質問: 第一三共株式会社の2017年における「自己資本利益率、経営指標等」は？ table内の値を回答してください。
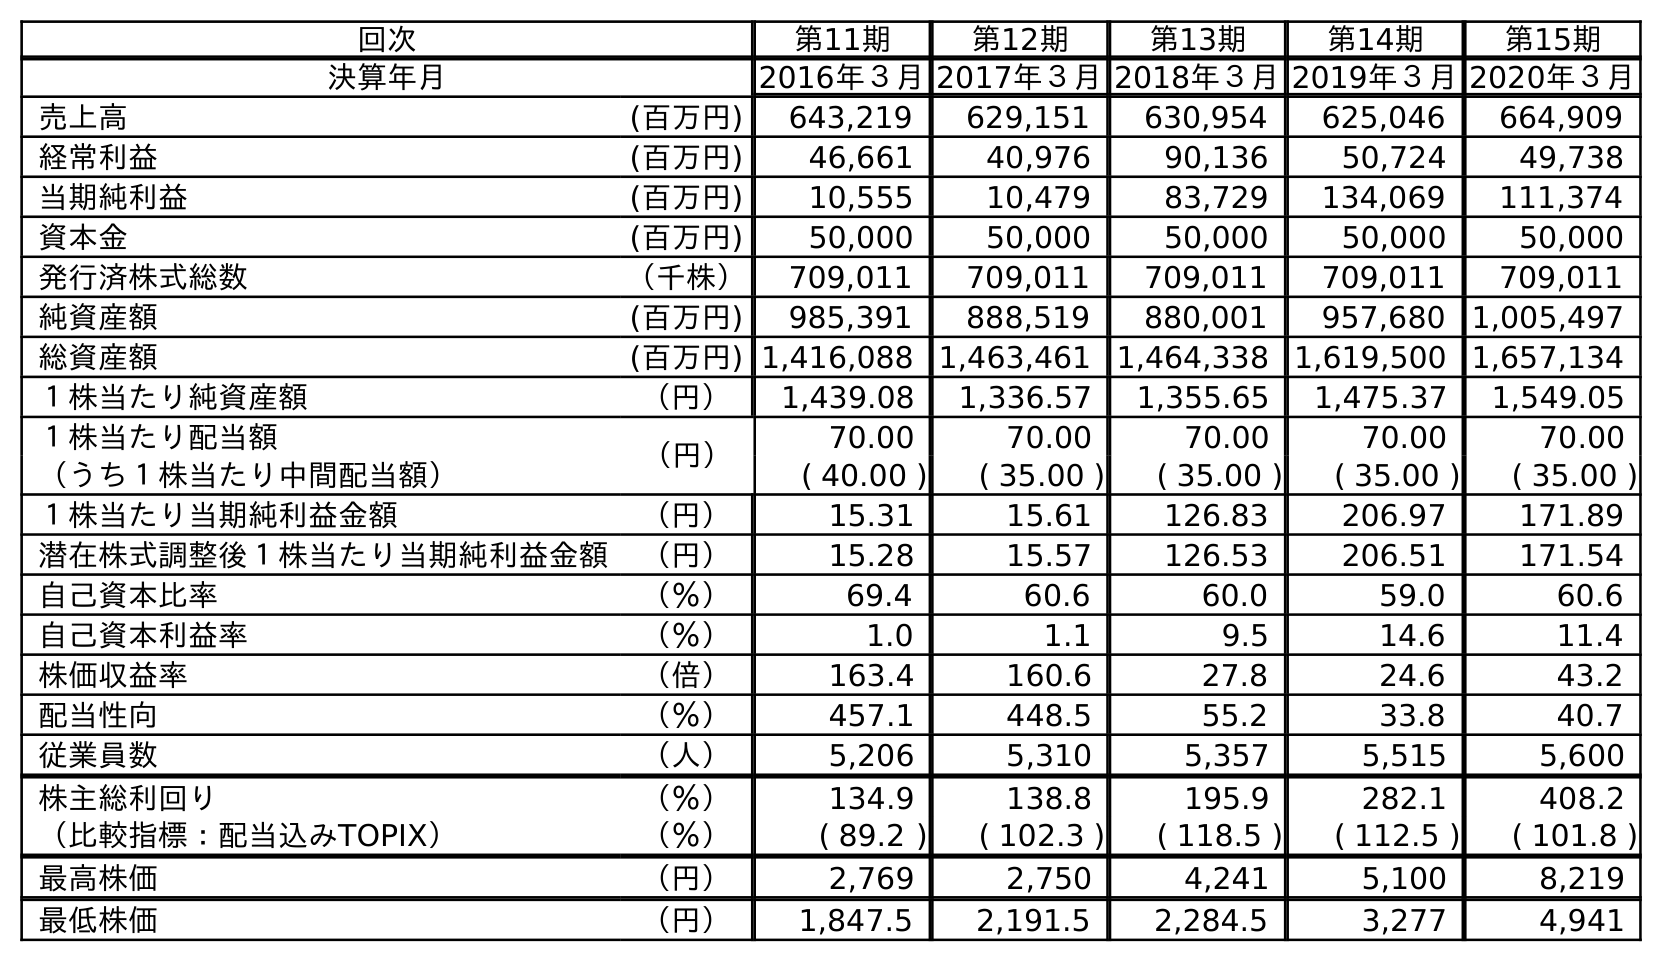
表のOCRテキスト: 回次 第11期 第12期 第13期 第14期 第15期 決算年月 2016年３月2017年３月2018年３月2019年３月2020年３月 売上高 (百万円) 643,219 629,151 630,954 625,046 664,909 経常利益 (百万円) 46,661 40,976 90,136 50,724 49,738 当期純利益 (百万円) 10,555 10,479 83,729 134,069 111,374 資本金 (百万円) 50,000 50,000 50,000 50,000 50,000 発行済株式総数 （千株） 709,011 709,011 709,011 709,011 709,011 純資産額 (百万円) 985,391 888,519 880,001 957,680 1,005,497 総資産額 (百万円) 1,416,088 1,463,461 1,464,338 1,619,500 1,657,134 １株当たり純資産額 （円） 1,439.08 1,336.57 1,355.65 1,475.37 1,549.05 １株当たり配当額 （円） 70.00 70.00 70.00 70.00 70.00 （うち１株当たり中間配当額） ( 40.00 ) ( 35.00 ) ( 35.00 ) ( 35.00 ) ( 35.00 ) １株当たり当期純利益金額 （円） 15.31 15.61 126.83 206.97 171.89 潜在株式調整後１株当たり当期純利益金額 （円） 15.28 15.57 126.53 206.51 171.54 自己資本比率 （％） 69.4 60.6 60.0 59.0 60.6 自己資本利益率 （％） 1.0 1.1 9.5 14.6 11.4 株価収益率 （倍） 163.4 160.6 27.8 24.6 43.2 配当性向 （％） 457.1 448.5 55.2 33.8 40.7 従業員数 （人） 5,206 5,310 5,357 5,515 5,600 株主総利回り （％） 134.9 138.8 195.9 282.1 408.2 （比較指標：配当込みTOPIX） （％） ( 89.2 ) ( 102.3 ) ( 118.5 ) ( 112.5 ) ( 101.8 ) 最高株価 （円） 2,769 2,750 4,241 5,100 8,219 最低株価 （円） 1,847.5 2,191.5 2,284.5 3,277 4,941
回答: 1.1